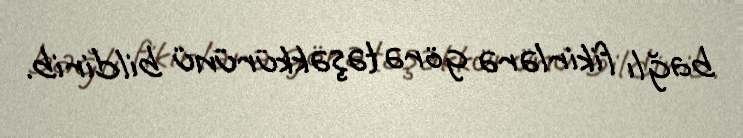
bağlı fikirlərə görə təşəkkürünü bildirib.